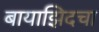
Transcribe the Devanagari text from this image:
बायाझिदचा